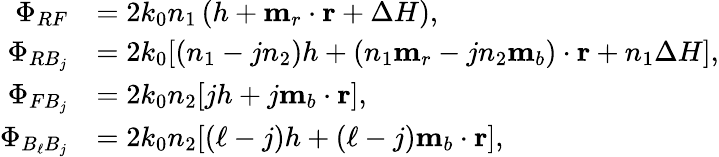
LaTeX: \begin{array}{rl}{\Phi_{RF}}&{=2k_{0}n_{1}\left(h+\mathbf{m}_{r}\cdot\mathbf{r}+\Delta H\right),}\\ {\Phi_{RB_{j}}}&{=2k_{0}[(n_{1}-jn_{2})h+(n_{1}\mathbf{m}_{r}-jn_{2}\mathbf{m}_{b})\cdot\mathbf{r}+n_{1}\Delta H],}\\ {\Phi_{FB_{j}}}&{=2k_{0}n_{2}[jh+j\mathbf{m}_{b}\cdot\mathbf{r}],}\\ {\Phi_{B_{\ell}B_{j}}}&{=2k_{0}n_{2}[(\ell-j)h+(\ell-j)\mathbf{m}_{b}\cdot\mathbf{r}],}\end{array}